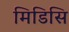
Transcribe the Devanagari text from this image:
मिडिसि